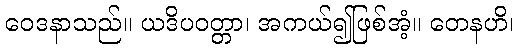
ဝေဒနာသည်။ ယဒိပဝတ္တာ၊ အကယ်၍ဖြစ်အံ့။ တေနဟိ၊